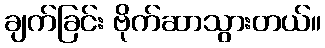
ချက်ခြင်း ဗိုက်ဆာသွားတယ်။